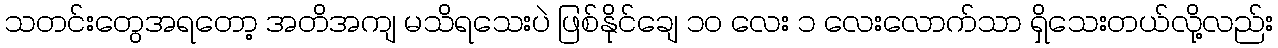
သတင်းတွေအရတော့ အတိအကျ မသိရသေးပဲ ဖြစ်နိုင်ချေ ၁၀ လေး ၁ လေးလောက်သာ ရှိသေးတယ်လို့လည်း